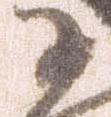
に